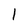
Character: 1